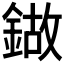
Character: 𰽁